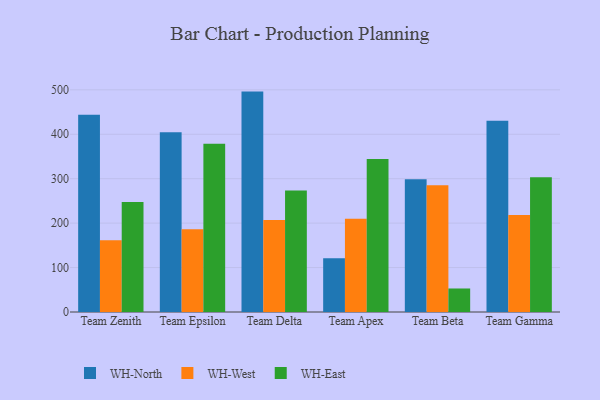
{"axis": {"x": "Team", "y": "Temperature (°C)"}, "legend": ["WH-East", "WH-North", "WH-West"], "data": [{"x": "Team Zenith", "y": 443.8, "type": "WH-North"}, {"x": "Team Zenith", "y": 161.3, "type": "WH-West"}, {"x": "Team Zenith", "y": 247.6, "type": "WH-East"}, {"x": "Team Epsilon", "y": 404.7, "type": "WH-North"}, {"x": "Team Epsilon", "y": 186.4, "type": "WH-West"}, {"x": "Team Epsilon", "y": 378.5, "type": "WH-East"}, {"x": "Team Delta", "y": 496.0, "type": "WH-North"}, {"x": "Team Delta", "y": 207.2, "type": "WH-West"}, {"x": "Team Delta", "y": 273.2, "type": "WH-East"}, {"x": "Team Apex", "y": 121.1, "type": "WH-North"}, {"x": "Team Apex", "y": 210.0, "type": "WH-West"}, {"x": "Team Apex", "y": 344.6, "type": "WH-East"}, {"x": "Team Beta", "y": 298.7, "type": "WH-North"}, {"x": "Team Beta", "y": 285.4, "type": "WH-West"}, {"x": "Team Beta", "y": 52.9, "type": "WH-East"}, {"x": "Team Gamma", "y": 430.3, "type": "WH-North"}, {"x": "Team Gamma", "y": 218.5, "type": "WH-West"}, {"x": "Team Gamma", "y": 303.2, "type": "WH-East"}]}